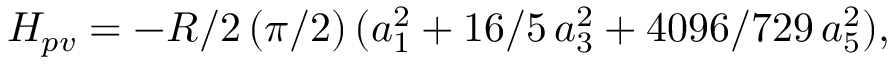
H _ { p v } = - R / 2 \, ( \pi / 2 ) \, ( a _ { 1 } ^ { 2 } + 1 6 / 5 \, a _ { 3 } ^ { 2 } + 4 0 9 6 / 7 2 9 \, a _ { 5 } ^ { 2 } ) ,